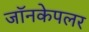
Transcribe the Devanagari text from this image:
जॉनकेपलर